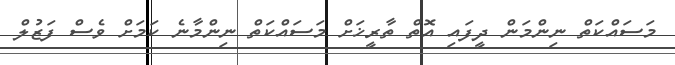
މަސައްކަތް ނިންމަން ދީފައި އޮތް ތާރީޚަށް މަސައްކަތް ނިންމާނެ ކަަމަށް ވެސް ފަޒުލް